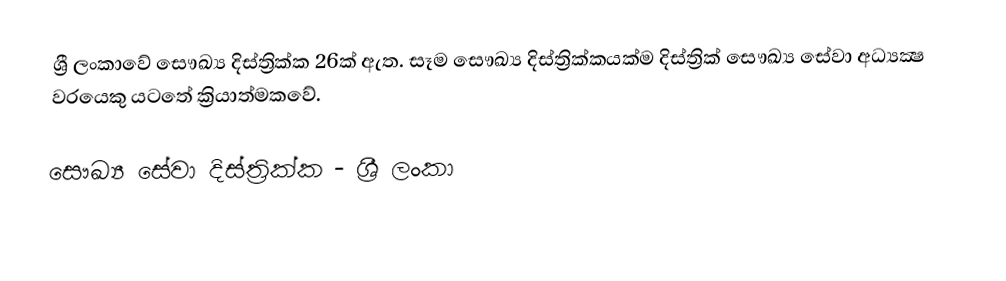
ශ්‍රී ලංකාවේ සෞඛ්‍ය දිස්ත්‍රික්ක 26ක් ඇත. සෑම සෞඛ්‍ය දිස්ත්‍රික්කයක්ම දිස්ත්‍රික් සෞඛ්‍ය සේවා අධ්‍යක්‍ෂ වරයෙකු යටතේ ක්‍රියාත්මකවේ.

සෞඛ්‍ය සේවා දිස්ත්‍රික්ක - ශ්‍රී ලංකා